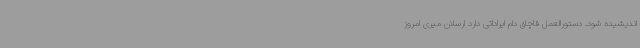
اندیشیده شود. دستورالعمل قاچاق دام ایراداتی دارد ارسلان میری امروز